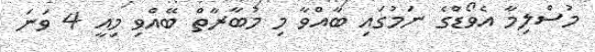
މުސްލިމާ އެވޯޑްގެ ނަމުގައި ބާއްވާ މި މުބާރާތް ބޭއްވި މިއީ 4 ވަނަ